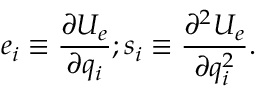
e _ { i } \equiv \frac { \partial U _ { e } } { \partial q _ { i } } ; s _ { i } \equiv \frac { \partial ^ { 2 } U _ { e } } { \partial q _ { i } ^ { 2 } } .